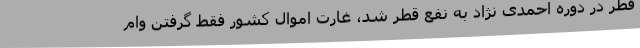
قطر در دوره احمدی نژاد به نفع قطر شد، غارت اموال کشور فقط گرفتن وام